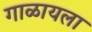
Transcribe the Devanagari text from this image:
गाळायला